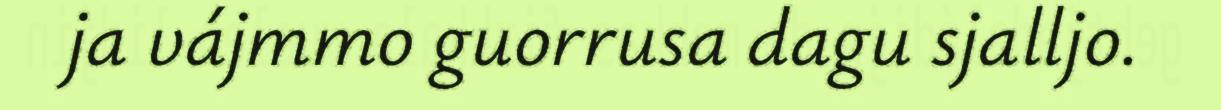
ja vájmmo guorrusa dagu sjalljo.